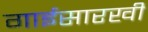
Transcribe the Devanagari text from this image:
गाईसारखी